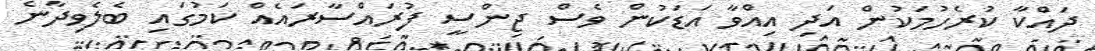
ދައްކާ ކުރެހުމަކުން އަދި އިއްވާ އަޑަކުން ވެސް ޖިންސީ ފުރައްސާރައެއް ކަމުގައި ބެލެވިދާނެ